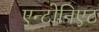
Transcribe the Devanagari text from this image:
एन्टोनिएट